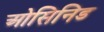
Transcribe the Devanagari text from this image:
ओसिनिड